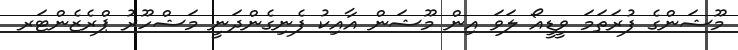
މޫޝަންގެ ފުރަތަމަ ވީޑީއޯ ލަވަ އިން މޫޝަން އާއިކު ފެނިގެންދަނީ މަޝްހޫރު ޕްރެޒެންޓަރ